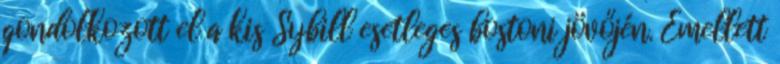
gondolkozott el a kis Sybill esetleges bostoni jövőjén. Emellett